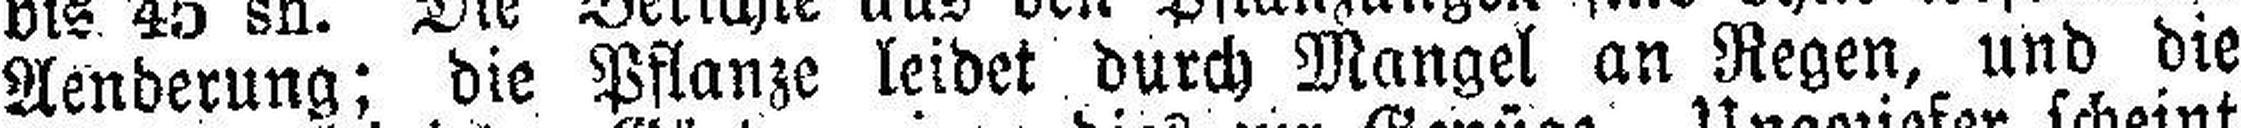
Aenderung; die Pflanze leidet durch Mangel an Regen, und die